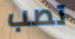
تصب